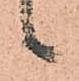
候